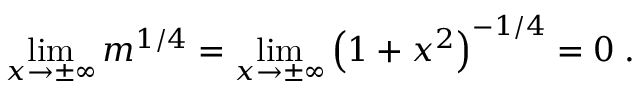
\operatorname* { l i m } _ { x \rightarrow \pm \infty } { m ^ { 1 / 4 } } = \operatorname* { l i m } _ { x \rightarrow \pm \infty } { \left( 1 + x ^ { 2 } \right) ^ { - 1 / 4 } } = 0 \; .